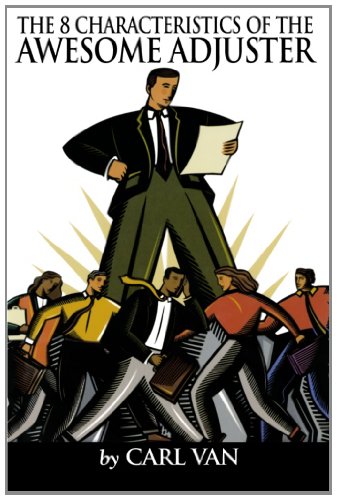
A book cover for The 8 Characteristics of the Awesome Adjuster; Carl Van; Business & Money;